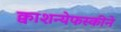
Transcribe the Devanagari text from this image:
क्वाशन्येफस्कीने